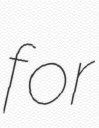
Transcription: for